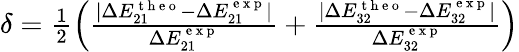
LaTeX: \begin{array}{r}{\delta=\frac{1}{2}\left(\frac{|\Delta E_{21}^{\mathrm{~t~h~e~o~}}-\Delta E_{21}^{\mathrm{~e~x~p~}}|}{\Delta E_{21}^{\mathrm{~e~x~p~}}}+\frac{|\Delta E_{32}^{\mathrm{~t~h~e~o~}}-\Delta E_{32}^{\mathrm{~e~x~p~}}|}{\Delta E_{32}^{\mathrm{~e~x~p~}}}\right)}\end{array}